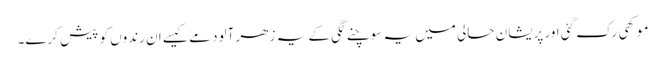
موکھی رک گئی اور پریشان حالی میں یہ سوچنے لگی کے یہ زھر آلود مے کیسے ان رندوں کو پیش کرے۔